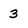
Character: 3